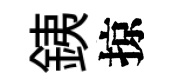
銕掠